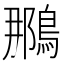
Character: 𫛀